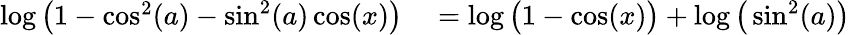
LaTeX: \begin{array}{rl}{\log\big(1-\cos^{2}(a)-\sin^{2}(a)\cos(x)\big)}&{{}=\log\big(1-\cos(x)\big)+\log\big(\sin^{2}(a)\big)}\end{array}